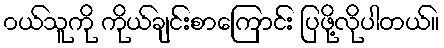
၀ယ်သူကို ကိုယ်ချင်းစာကြောင်း ပြဖို့လိုပါတယ်။